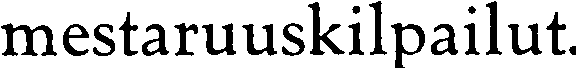
mestaruuskilpailut.